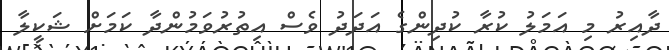
ދާއިރު މި އަމަލު ކުރާ ކުދިންގެ އަދަދު ވެސް އިތުރުވަމުންދާ ކަމަށް ޝަކީލާ